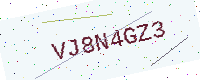
Text: VJ8N4GZ3